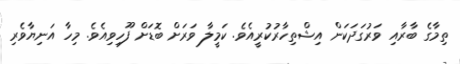
ތިމާގެ ބާރާއި ވަރުގަދަކަން އިޝްތިހާރުކުރީއެވެ. ކަމީލާ ވަރަށް ބޮޑަށް ފޫހިވިއެވެ. މިހާ އަނިޔާވެރި